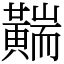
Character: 䵎